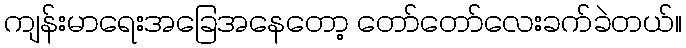
ကျန်းမာရေးအခြေအနေတော့ တော်တော်လေးခက်ခဲတယ်။